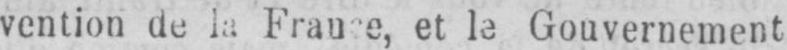
vention de la France, et le Gouvernement